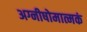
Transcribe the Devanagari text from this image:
अग्नीषोमात्मकं